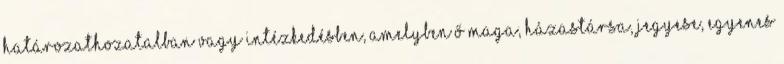
határozathozatalban vagy intézkedésben, amelyben ő maga, házastársa, jegyese, egyenes